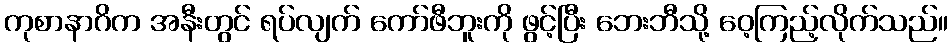
ကုစာနာဂိက အနီးတွင် ရပ်လျက် ကော်ဖီဘူးကို ဖွင့်ပြီး ဘေးဘီသို့ ဝေ့ကြည့်လိုက်သည်။